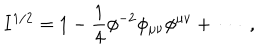
I ^ { 1 / 2 } = 1 - \frac { 1 } { 4 } \phi ^ { - 2 } \phi _ { \mu \nu } \phi ^ { \mu \nu } + \: \cdots \; ,